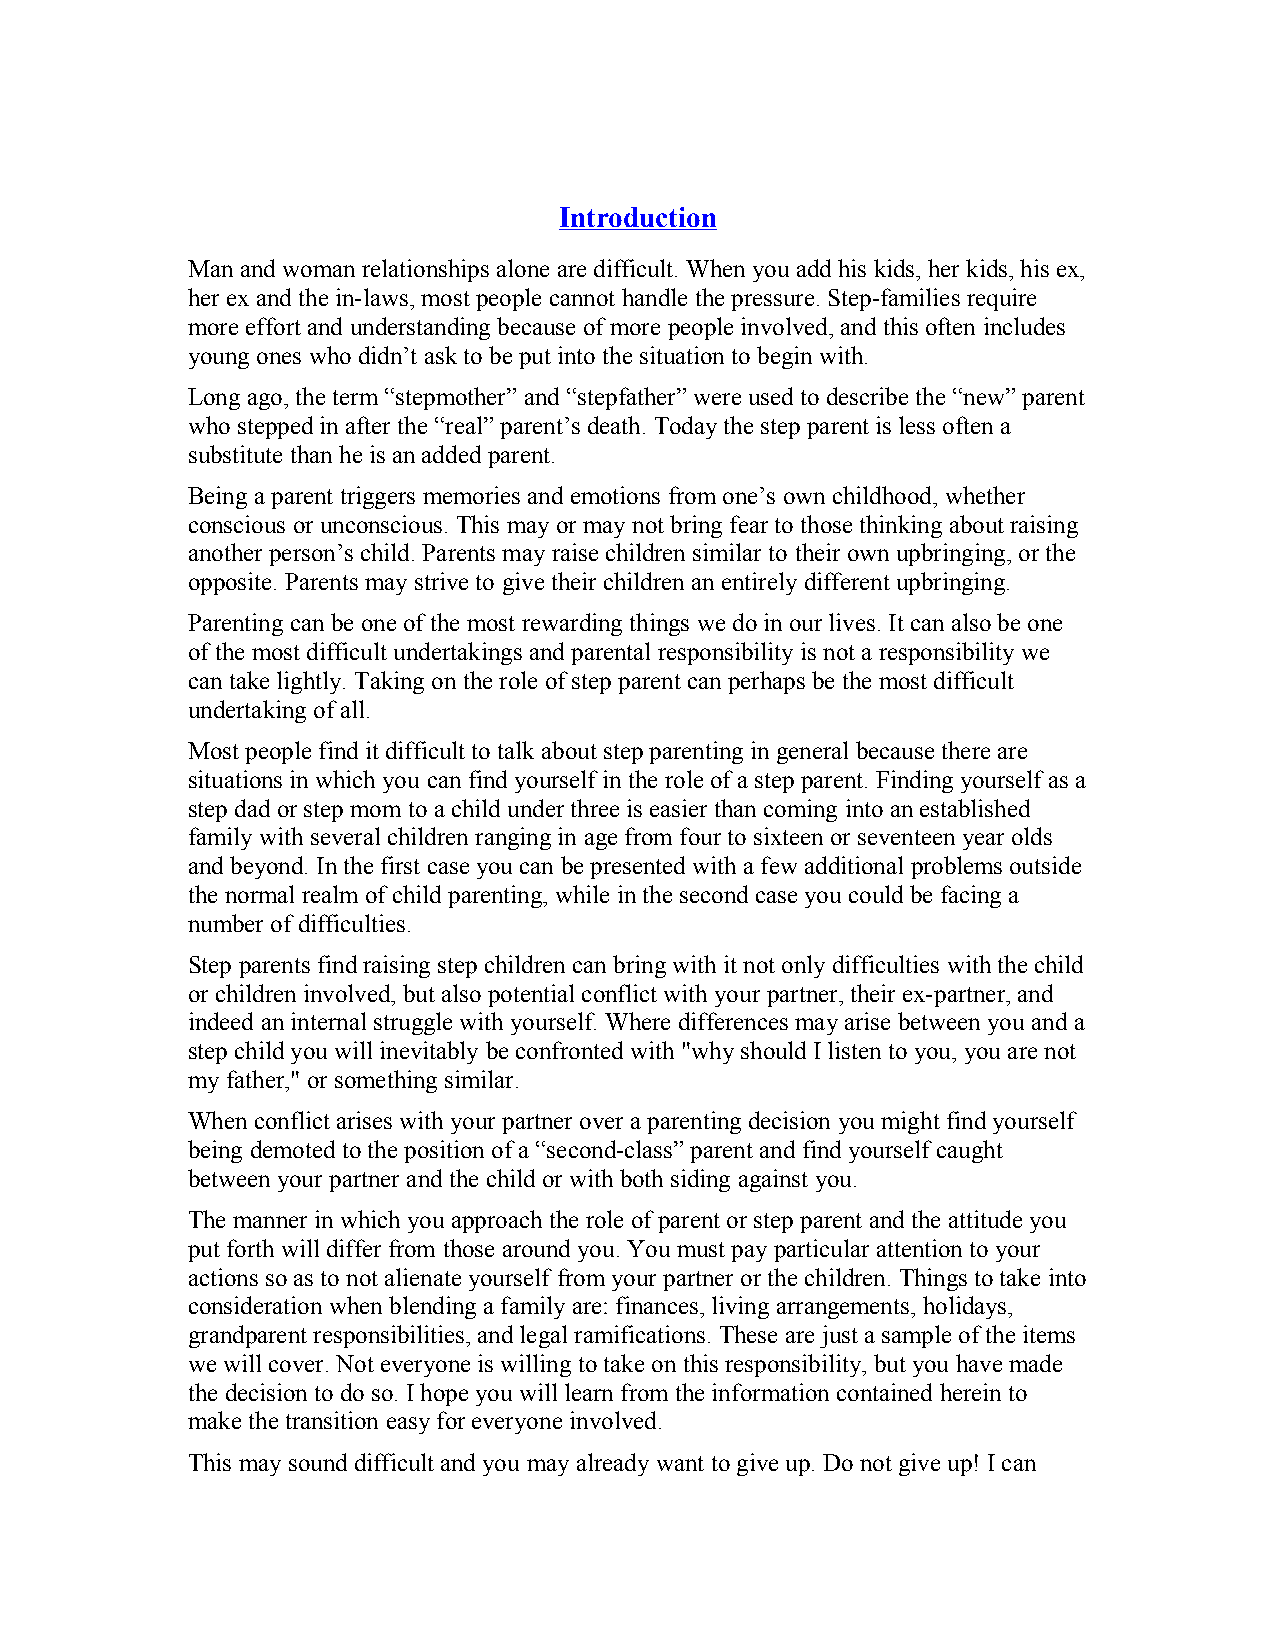
Introduction
 Man and woman relationships alone are difficult. When you add his kids, her kids, his ex,
 her ex and the in-laws, most people cannot handle the pressure. Step-families require
 more effort and understanding because of more people involved, and this often includes
 young ones who didn’t ask to be put into the situation to begin with.
 Long ago, the term “stepmother” and “stepfather” were used to describe the “new” parent
 who stepped in after the “real” parent’s death. Today the step parent is less often a
 substitute than he is an added parent.
 Being a parent triggers memories and emotions from one’s own childhood, whether
 conscious or unconscious. This may or may not bring fear to those thinking about raising
 another person’s child. Parents may raise children similar to their own upbringing, or the
 opposite. Parents may strive to give their children an entirely different upbringing.
 Parenting can be one of the most rewarding things we do in our lives. It can also be one
 of the most difficult undertakings and parental responsibility is not a responsibility we
 can take lightly. Taking on the role of step parent can perhaps be the most difficult
 undertaking of all.
 Most people find it difficult to talk about step parenting in general because there are
 situations in which you can find yourself in the role of a step parent. Finding yourself as a
 step dad or step mom to a child under three is easier than coming into an established
 family with several children ranging in age from four to sixteen or seventeen year olds
 and beyond. In the first case you can be presented with a few additional problems outside
 the normal realm of child parenting, while in the second case you could be facing a
 number of difficulties.
 Step parents find raising step children can bring with it not only difficulties with the child
 or children involved, but also potential conflict with your partner, their ex-partner, and
 indeed an internal struggle with yourself. Where differences may arise between you and a
 step child you will inevitably be confronted with "why should I listen to you, you are not
 my father," or something similar.
 When conflict arises with your partner over a parenting decision you might find yourself
 being demoted to the position of a “second-class” parent and find yourself caught
 between your partner and the child or with both siding against you.
 The manner in which you approach the role of parent or step parent and the attitude you
 put forth will differ from those around you. You must pay particular attention to your
 actions so as to not alienate yourself from your partner or the children. Things to take into
 consideration when blending a family are: finances, living arrangements, holidays,
 grandparent responsibilities, and legal ramifications. These are just a sample of the items
 we will cover. Not everyone is willing to take on this responsibility, but you have made
 the decision to do so. I hope you will learn from the information contained herein to
 make the transition easy for everyone involved.
 This may sound difficult and you may already want to give up. Do not give up! I can